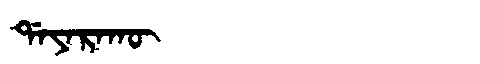
Manchu: ᡩᠠᠶᠠᡵᠠᡴᡡ
Romanization: DAYARAKŪ